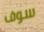
سوف